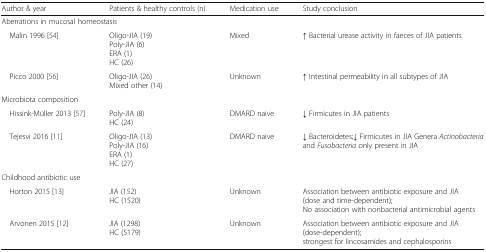
<table><thead><tr><td><b>Author &amp; year</b></td><td><b>Patients &amp; healthy controls (n)</b></td><td><b>Medication use</b></td><td><b>Study conclusion</b></td></tr></thead><tbody><tr><td colspan="4">Aberrations in mucosal homeostasis</td></tr><tr><td> Malin 1996 [54]</td><td>Oligo-JIA (19)Poly-JIA (6)ERA (1)HC (26)</td><td>Mixed</td><td>↑ Bacterial urease activity in faeces of JIA patients</td></tr><tr><td> Picco 2000 [56]</td><td>Oligo-JIA (26)Mixed other (14)</td><td>Unknown</td><td>↑ Intestinal permeability in all subtypes of JIA</td></tr><tr><td colspan="4">Microbiota composition</td></tr><tr><td> Hissink-Müller 2013 [57]</td><td>Poly-JIA (8)HC (24)</td><td>DMARD naive</td><td>↓ Firmicutes in JIA patients</td></tr><tr><td> Tejesvi 2016 [11]</td><td>Oligo-JIA (13)Poly-JIA (16)ERA (1)HC (27)</td><td>DMARD naive</td><td>↓ Bacteroidetes;↓ Firmicutes in JIA Genera <i>Actinobacteria</i> and <i>Fusobacteria</i> only present in JIA</td></tr><tr><td colspan="4">Childhood antibiotic use</td></tr><tr><td> Horton 2015 [13]</td><td>JIA (152)HC (1520)</td><td>Unknown</td><td>Association between antibiotic exposure and JIA (dose and time-dependent);No association with nonbacterial antimicrobial agents</td></tr><tr><td> Arvonen 2015 [12]</td><td>JIA (1298)HC (5179)</td><td>Unknown</td><td>Association between antibiotic exposure and JIA (dose-dependent);strongest for lincosamides and cephalosporins</td></tr></tbody></table>